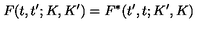
F ( t , t ^ { \prime } ; K , K ^ { \prime } ) = F ^ { \ast } ( t ^ { \prime } , t ; K ^ { \prime } , K )